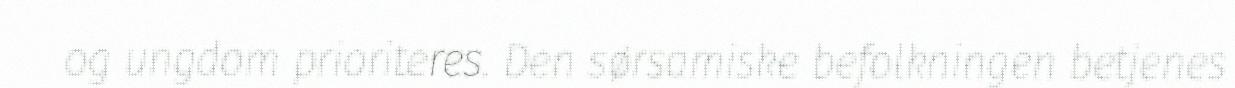
og ungdom prioriteres. Den sørsamiske befolkningen betjenes